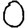
Digit: 0